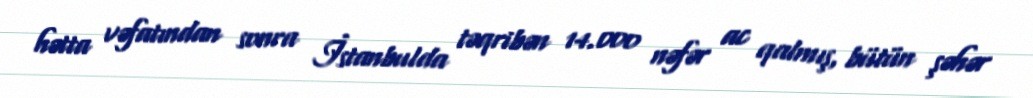
hətta vəfatından sonra İstanbulda təqribən 14.000 nəfər ac qalmış, bütün şəhər